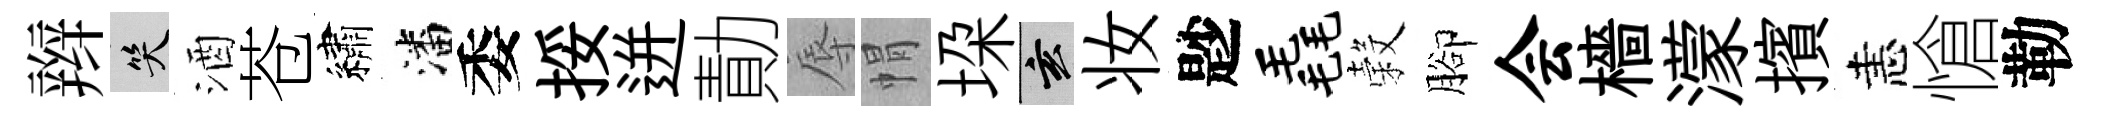
辫笑酒苍繡潘委挼迸勣辱㡌垜玄妆尟毳穀腳会檣濛擯恚愴勒